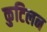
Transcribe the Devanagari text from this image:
कुटिलन